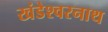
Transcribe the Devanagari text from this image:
खंडेश्वरनाथ